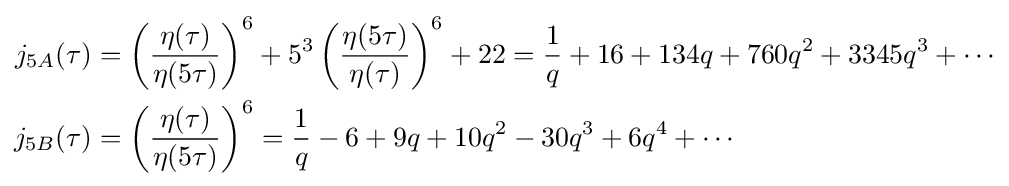
{\begin{aligned}j_{5A}(\tau )&=\left({\frac {\eta (\tau )}{\eta (5\tau )}}\right)^{6}+5^{3}\left({\frac {\eta (5\tau )}{\eta (\tau )}}\right)^{6}+22={\frac {1}{q}}+16+134q+760q^{2}+3345q^{3}+\cdots \\j_{5B}(\tau )&=\left({\frac {\eta (\tau )}{\eta (5\tau )}}\right)^{6}={\frac {1}{q}}-6+9q+10q^{2}-30q^{3}+6q^{4}+\cdots \end{aligned}}